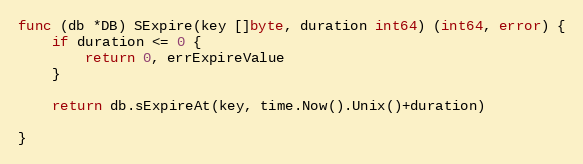
Language: Go
func (db *DB) SExpire(key []byte, duration int64) (int64, error) {
	if duration <= 0 {
		return 0, errExpireValue
	}

	return db.sExpireAt(key, time.Now().Unix()+duration)

}